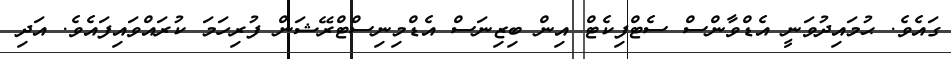
ގައެވެ. ޙުމައިދުވަނީ އެޑްވާންސް ސެޓްފިކެޓް އިން ބިޒިނަސް އެޑްމިނިސްޓްރޭޝަން ފުރިހަމަ ކުރައްވައިފައެވެ. އަދި